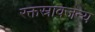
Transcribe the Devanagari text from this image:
रक्तस्रावजन्य